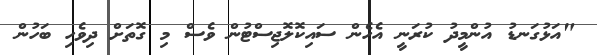
"އަޅުގަނޑު އުންމީދު ކުރަނީ އެހެން ސައިކޮލޮޖިސްޓުން ވެސް މި ގޮތަށް ދިވެހި ބަހުން